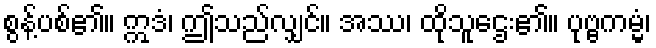
စွန့်ပစ်၏။ ဣဒံ၊ ဤသည်လျှင်။ အဿ၊ ထိုသူဌေး၏။ ပုဗ္ဗကမ္မံ၊